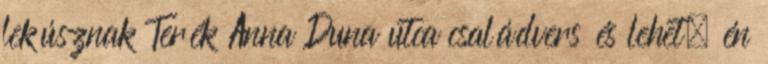
lekúsznak Terék Anna Duna utca családvers és lehet, én